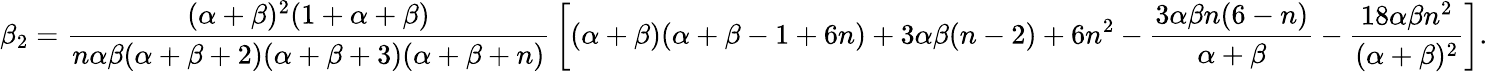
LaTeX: \beta_{2}={\frac{(\alpha+\beta)^{2}(1+\alpha+\beta)}{n\alpha\beta(\alpha+\beta+2)(\alpha+\beta+3)(\alpha+\beta+n)}}\left[(\alpha+\beta)(\alpha+\beta-1+6n)+3\alpha\beta(n-2)+6n^{2}-{\frac{3\alpha\beta n(6-n)}{\alpha+\beta}}-{\frac{18\alpha\beta n^{2}}{(\alpha+\beta)^{2}}}\right].